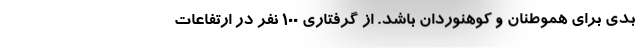
بدی برای هموطنان و کوهنوردان باشد. از گرفتاری ۱۰۰ نفر در ارتفاعات